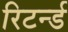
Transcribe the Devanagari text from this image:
रिटर्न्ड